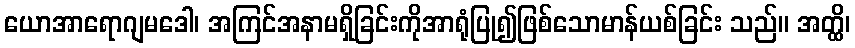
ယောအာရောဂျမဒေါ၊ အကြင်အနာမရှိခြင်းကိုအာရုံပြု၍ဖြစ်သောမာန်ယစ်ခြင်း သည်။ အတ္ထိ၊